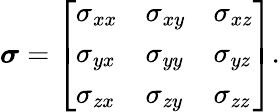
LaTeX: {\boldsymbol{\sigma}}=\left[{\begin{array}{lll}{\sigma_{xx}}&{\sigma_{xy}}&{\sigma_{xz}}\\ {\sigma_{yx}}&{\sigma_{yy}}&{\sigma_{yz}}\\ {\sigma_{zx}}&{\sigma_{zy}}&{\sigma_{zz}}\end{array}}\right].